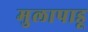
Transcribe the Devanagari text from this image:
मुलापाडू